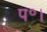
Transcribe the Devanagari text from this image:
प॰।